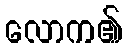
လောက၏